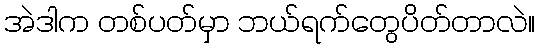
အဲဒါက တစ်ပတ်မှာ ဘယ်ရက်တွေပိတ်တာလဲ။